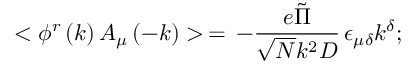
< \phi ^ { r } \left( k \right) A _ { \mu } \left( - k \right) > \, = \, - \frac { e \tilde { \Pi } } { \sqrt { N } k ^ { 2 } D } \, \epsilon _ { \mu \delta } k ^ { \delta } ; \,